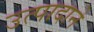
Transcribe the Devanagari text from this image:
उत्पादाने